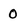
Character: 0